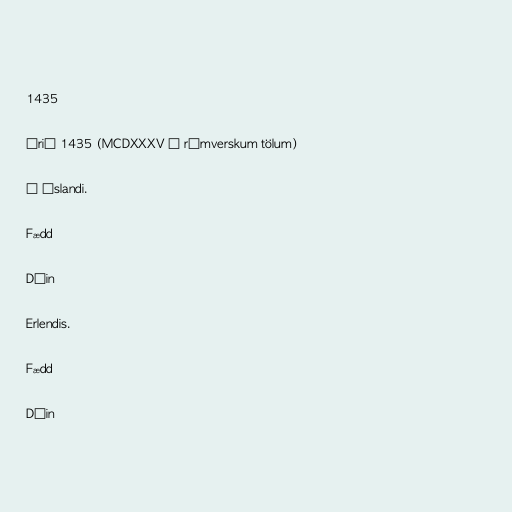
1435

Árið 1435 (MCDXXXV í rómverskum tölum)

Á Íslandi.

Fædd

Dáin

Erlendis.

Fædd

Dáin